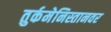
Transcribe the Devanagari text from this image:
तुर्कमेनिस्तानवर